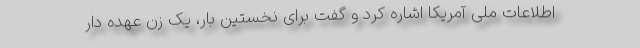
اطلاعات ملی آمریکا اشاره کرد و گفت برای نخستین بار، یک زن عهده دار